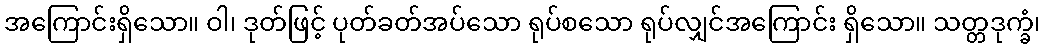
အကြောင်းရှိသော။ ဝါ၊ ဒုတ်ဖြင့် ပုတ်ခတ်အပ်သော ရုပ်စသော ရုပ်လျှင်အကြောင်း ရှိသော။ သတ္တဒုက္ခံ၊